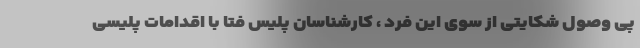
پی وصول شکایتی از سوی این فرد ، کارشناسان پلیس فتا با اقدامات پلیسی